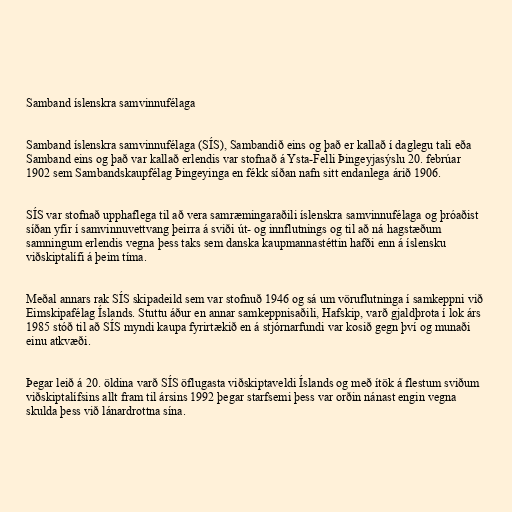
Samband íslenskra samvinnufélaga

Samband íslenskra samvinnufélaga (SÍS), Sambandið eins og það er kallað í daglegu tali eða
Samband eins og það var kallað erlendis var stofnað á Ysta-Felli Þingeyjasýslu 20. febrúar
1902 sem Sambandskaupfélag Þingeyinga en fékk síðan nafn sitt endanlega árið 1906.

SÍS var stofnað upphaflega til að vera samræmingaraðili íslenskra samvinnufélaga og þróaðist
síðan yfir í samvinnuvettvang þeirra á sviði út- og innflutnings og til að ná hagstæðum
samningum erlendis vegna þess taks sem danska kaupmannastéttin hafði enn á íslensku
viðskiptalífi á þeim tíma.

Meðal annars rak SÍS skipadeild sem var stofnuð 1946 og sá um vöruflutninga í samkeppni við
Eimskipafélag Íslands. Stuttu áður en annar samkeppnisaðili, Hafskip, varð gjaldþrota í lok árs
1985 stóð til að SÍS myndi kaupa fyrirtækið en á stjórnarfundi var kosið gegn því og munaði
einu atkvæði.

Þegar leið á 20. öldina varð SÍS öflugasta viðskiptaveldi Íslands og með ítök á flestum sviðum
viðskiptalífsins allt fram til ársins 1992 þegar starfsemi þess var orðin nánast engin vegna
skulda þess við lánardrottna sína.